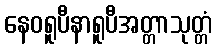
နေဝရူပီနာရူပီအတ္တာသုတ္တံ